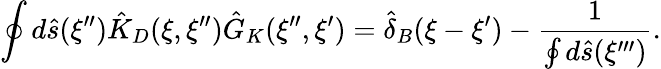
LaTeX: \oint{d}\hat{s}(\xi^{\prime\prime}){\hat{K}_{D}}(\xi,\xi^{\prime\prime}){\hat{G}_{K}}(\xi^{\prime\prime},\xi^{\prime})={\hat{\delta}_{B}}(\xi-\xi^{\prime})-{\frac{1}{\oint{d}\hat{s}(\xi^{\prime\prime\prime})}}.